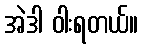
အဲဒါ ဝါးရတယ်။